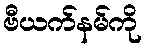
ဗီယက်နမ်ကို